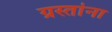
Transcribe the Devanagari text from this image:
ग्रस्तांना